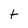
Character: t